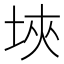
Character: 埉